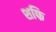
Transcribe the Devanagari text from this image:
शफि